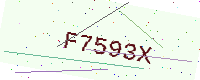
Text: F7593X